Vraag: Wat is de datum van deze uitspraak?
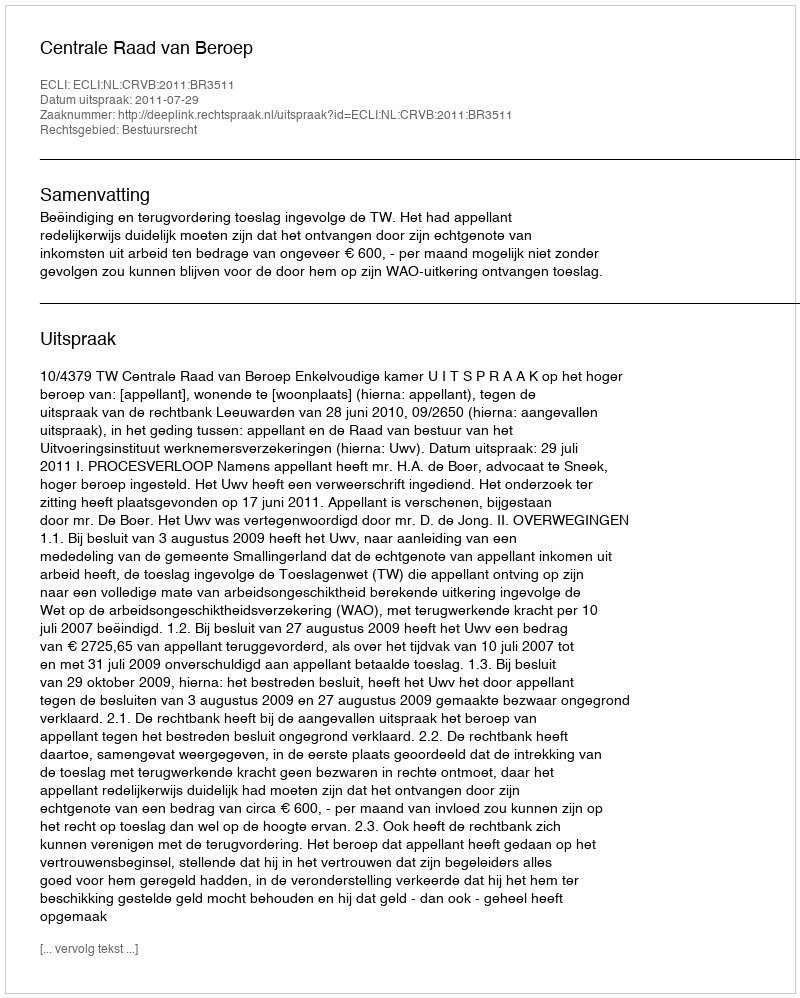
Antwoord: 2011-07-29